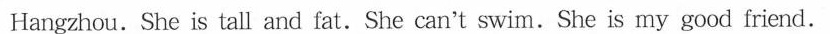
Hangzhou.She is tall and fat.She can't swim.She is my good friend.